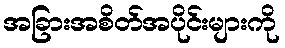
အခြားအစိတ်အပိုင်းများကို